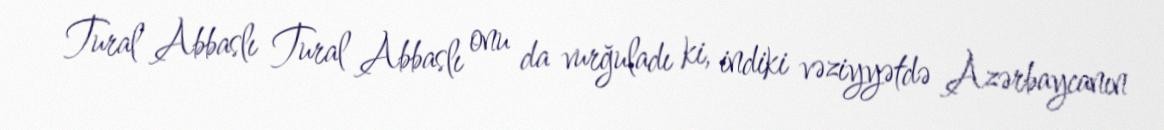
Tural Abbaslı Tural Abbaslı onu da vurğuladı ki, indiki vəziyyətdə Azərbaycanın